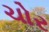
ચોર